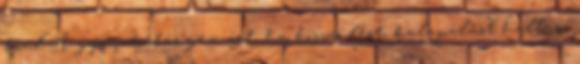
épül A gyanakodás nem árt, ha köszörülést, kalapálást hallasz